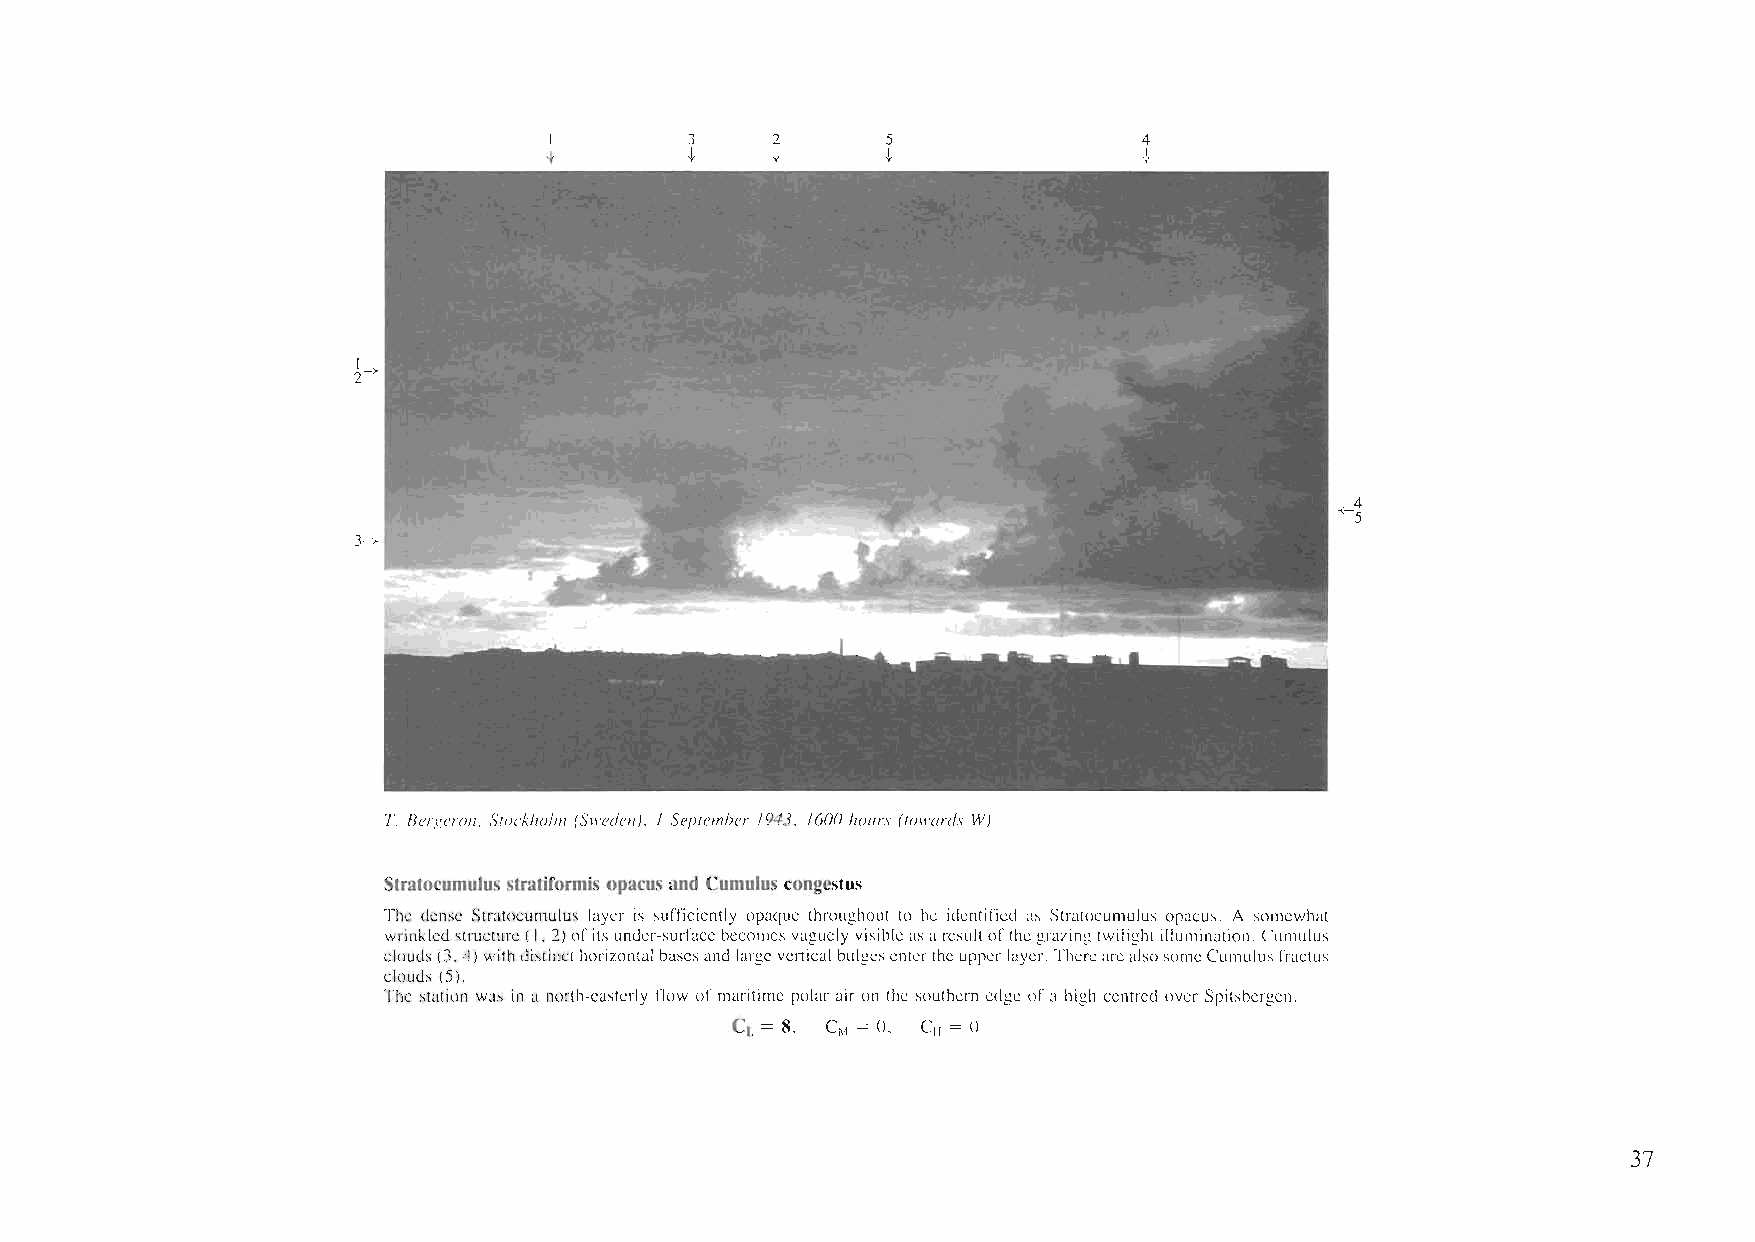
I         3    2       5                4
 t         t    t       t                ~,
 4
 -<-5
 T. Bergeron. S((}ckho/m (Sweden). / Seplemher /943. /600 hours (Iowards W)
 Stratocumulus stratiformis opacus and Cumulus congestus
 The dense Stratoeumulus layer is sufficiently opaque throughout to be identified as Stratocumulus opacus. A somewhat
 wrinkledstructure(1,2)ofits under-surfacebecomes vaguely visibleasa resultofthegrazingtwilight illumination. Cumulus
 clouds(3,4) withdistincthorizontal basesand large vertical bulgesenterthe upperlayer. TherearcalsosomeCumulusfractus
 clouds (5).
 The station was in a north-easterly flow of maritime polar air on the southern edge ofa high ccntrcd over Spitsbergen.
 °
 Cl. = 8, CM = 0,
 CII =
 37